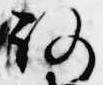
路